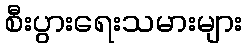
စီးပွားရေးသမားများ